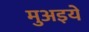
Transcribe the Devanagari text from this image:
मुअइयें